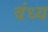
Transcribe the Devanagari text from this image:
वंध्य